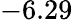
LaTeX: -6.29